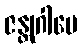
ဇန္တုဂါမေ